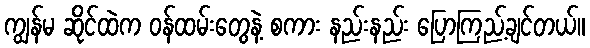
ကျွန်မ ဆိုင်ထဲက ဝန်ထမ်းတွေနဲ့ စကား နည်းနည်း ပြောကြည့်ချင်တယ်။